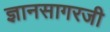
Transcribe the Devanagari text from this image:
ज्ञानसागरजी